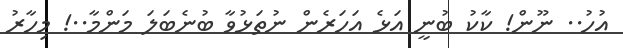
އުހު.. ނޫން! ކާކު ބުނީ އަޅެ އަހަރެން ނުތަޅުވާ ބުނެބަލަ މަންމާ..! މިހާރު